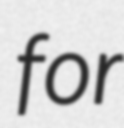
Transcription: for